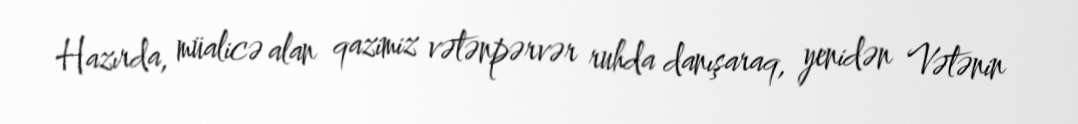
Hazırda, müalicə alan qazimiz vətənpərvər ruhda danışaraq, yenidən Vətənin